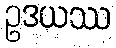
ဥဒယဿ